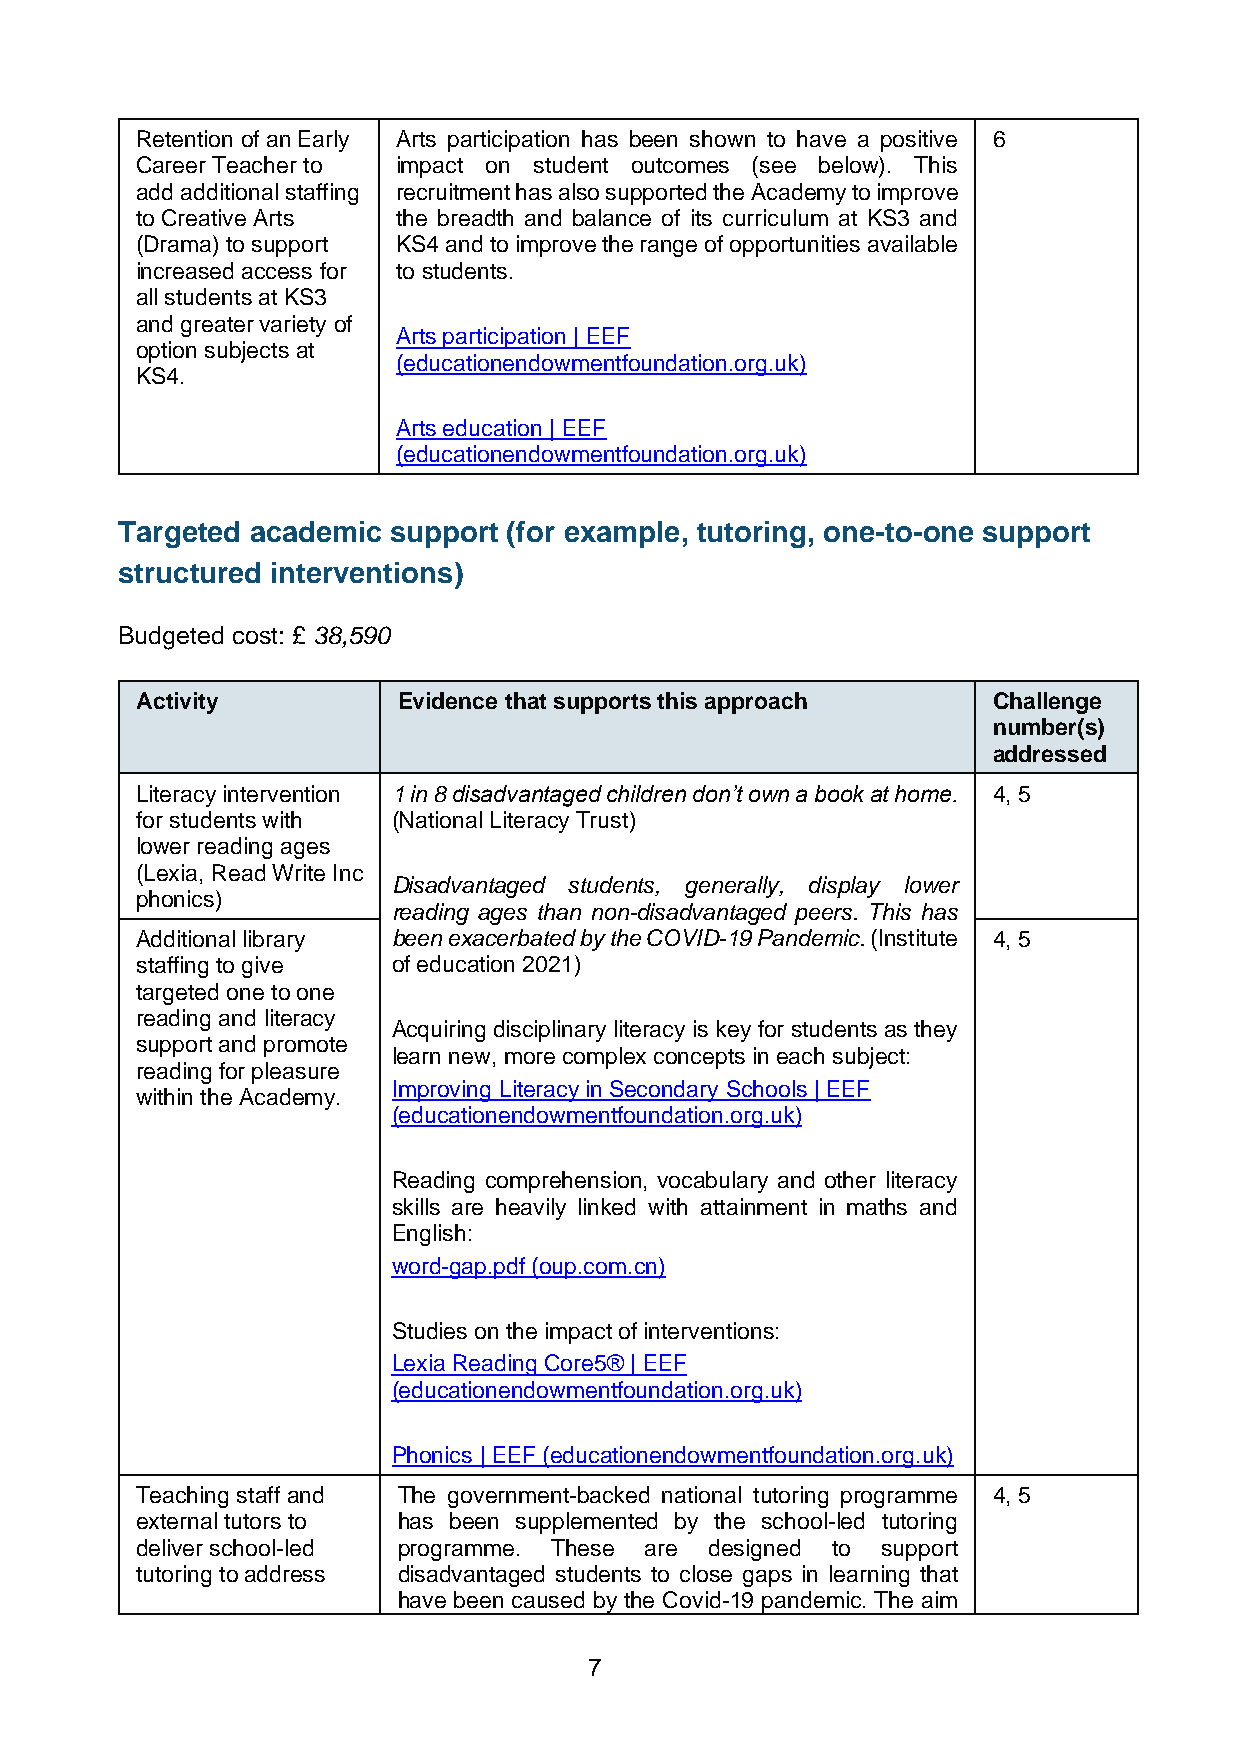
Retention of an Early Arts participation has been shown to have a positive 6
 Career Teacher to impact on student outcomes (see below). This
 add additional staffing recruitment has also supported the Academy to improve
 to Creative Arts the breadth and balance of its curriculum at KS3 and
 (Drama) to support KS4 and to improve the range of opportunities available
 increased access for to students.
 all students at KS3
 and greater variety of
 Arts participation | EEF
 option subjects at
 (educationendowmentfoundation.org.uk)
 KS4.
 Arts education | EEF
 (educationendowmentfoundation.org.uk)
 Targeted academic support (for example, tutoring, one-to-one support
 structured interventions)
 Budgeted cost: £ 38,590
 Activity         Evidence that supports this approach    Challenge
 number(s)
 addressed
 Literacy intervention 1 in 8 disadvantaged children don’t own a book at home. 4, 5
 for students with (National Literacy Trust)
 lower reading ages
 (Lexia, Read Write Inc
 Disadvantaged students, generally, display lower
 phonics)
 reading ages than non-disadvantaged peers. This has
 Additional library been exacerbated by the COVID-19 Pandemic. (Institute 4, 5
 staffing to give of education 2021)
 targeted one to one
 reading and literacy
 Acquiring disciplinary literacy is key for students as they
 support and promote
 learn new, more complex concepts in each subject:
 reading for pleasure
 Improving Literacy in Secondary Schools | EEF
 within the Academy.
 (educationendowmentfoundation.org.uk)
 Reading comprehension, vocabulary and other literacy
 skills are heavily linked with attainment in maths and
 English:
 word-gap.pdf (oup.com.cn)
 Studies on the impact of interventions:
 Lexia Reading Core5® | EEF
 (educationendowmentfoundation.org.uk)
 Phonics | EEF (educationendowmentfoundation.org.uk)
 Teaching staff and The government-backed national tutoring programme 4, 5
 external tutors to has been supplemented by the school-led tutoring
 deliver school-led programme. These are designed to support
 tutoring to address disadvantaged students to close gaps in learning that
 have been caused by the Covid-19 pandemic. The aim
 7